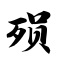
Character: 殒